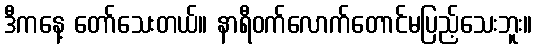
ဒီကနေ့ တော်သေးတယ်။ နာရီဝက်လောက်တောင်မပြည့်သေးဘူး။